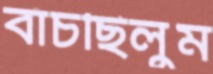
বাঁচছিলুম